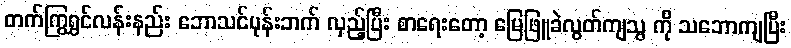
တက်ကြွရွှင်လန်းနည်း ဘောသင်ပုန်းဘက် လှည့်ပြီး စာရေးတော့ မြေဖြူခဲလွတ်ကျသွ ကို သဘောကျပြီး